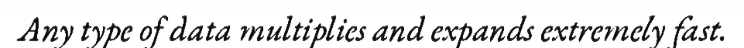
Any type of data multiplies and expands extremely fast.